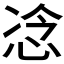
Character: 𫺇